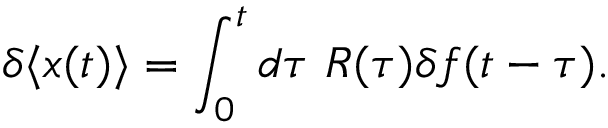
\delta \langle \boldsymbol { x } ( t ) \rangle = \int _ { 0 } ^ { t } d \tau ~ \boldsymbol { R } ( \tau ) \delta \boldsymbol { f } ( t - \tau ) .